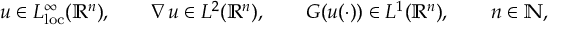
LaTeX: u \in L _ { \mathrm { l o c } } ^ { \infty } ( \mathbb { R } ^ { n } ) , \qquad \nabla u \in L ^ { 2 } ( \mathbb { R } ^ { n } ) , \qquad G ( u ( \cdot ) ) \in L ^ { 1 } ( \mathbb { R } ^ { n } ) , \qquad n \in \mathbb { N } ,